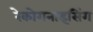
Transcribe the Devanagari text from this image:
रेकोगनाइसिंग